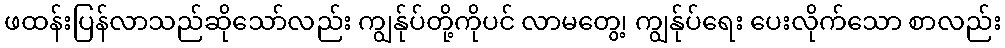
ဖထန်းပြန်လာသည်ဆိုသော်လည်း ကျွန်ုပ်တို့ကိုပင် လာမတွေ့၊ ကျွန်ုပ်ရေး ပေးလိုက်သော စာလည်း